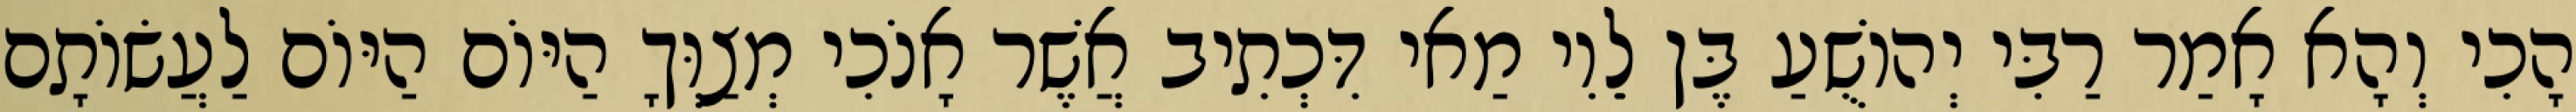
הָכִי וְהָא אָמַר רַבִּי יְהוֹשֻׁעַ בֶּן לֵוִי מַאי דִּכְתִיב אֲשֶׁר אָנֹכִי מְצַוְּךָ הַיּוֹם הַיּוֹם לַעֲשׂוֹתָם